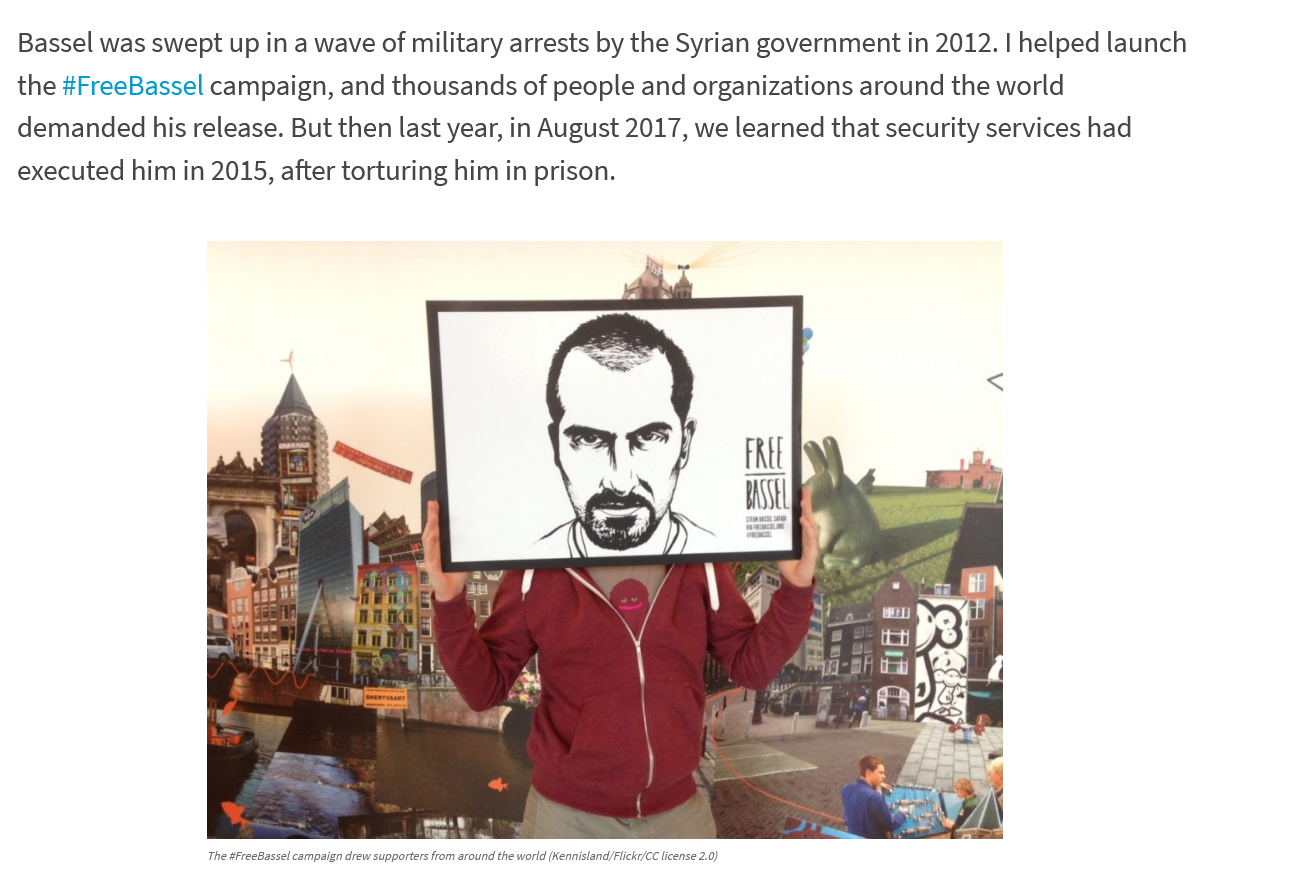
Bassel    was    swept    up in    a   wave    of    military    arrests    by   the    Syrian    government    in    2012.    | helped    launch
    the    #FreeBassel    campaign,    and    thousands    of    people    and    organizations    around    the    world
    demanded    his    release.    But    then   last    year,    in  August    2017,    we    learned    that    security    services    had
    executed    him    in  2015,    after    torturing    him    in   prison.
     The #FreeBassel campaign drew supporters from around the world (Kennisland/Flickr/CC license 2.0)